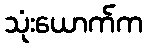
သုံးယောက်က